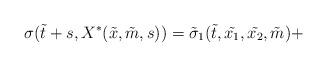
LaTeX: \begin{align*}\sigma(\tilde{t}+s,X^\ast(\tilde{x},\tilde{m},s))=\tilde{\sigma}_1(\tilde{t},\tilde{x_1},\tilde{x_2},\tilde{m}) +\end{align*}